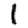
Digit: 1